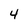
Character: 4